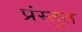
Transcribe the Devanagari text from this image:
प्रंस्तुत